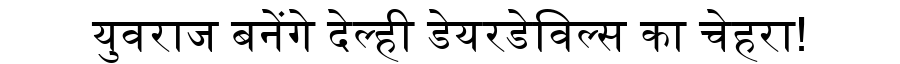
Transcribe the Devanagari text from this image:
युवराज बनेंगे देल्ही डेयरडेविल्स का चेहरा!